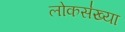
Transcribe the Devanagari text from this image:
लोकस॑ख्या